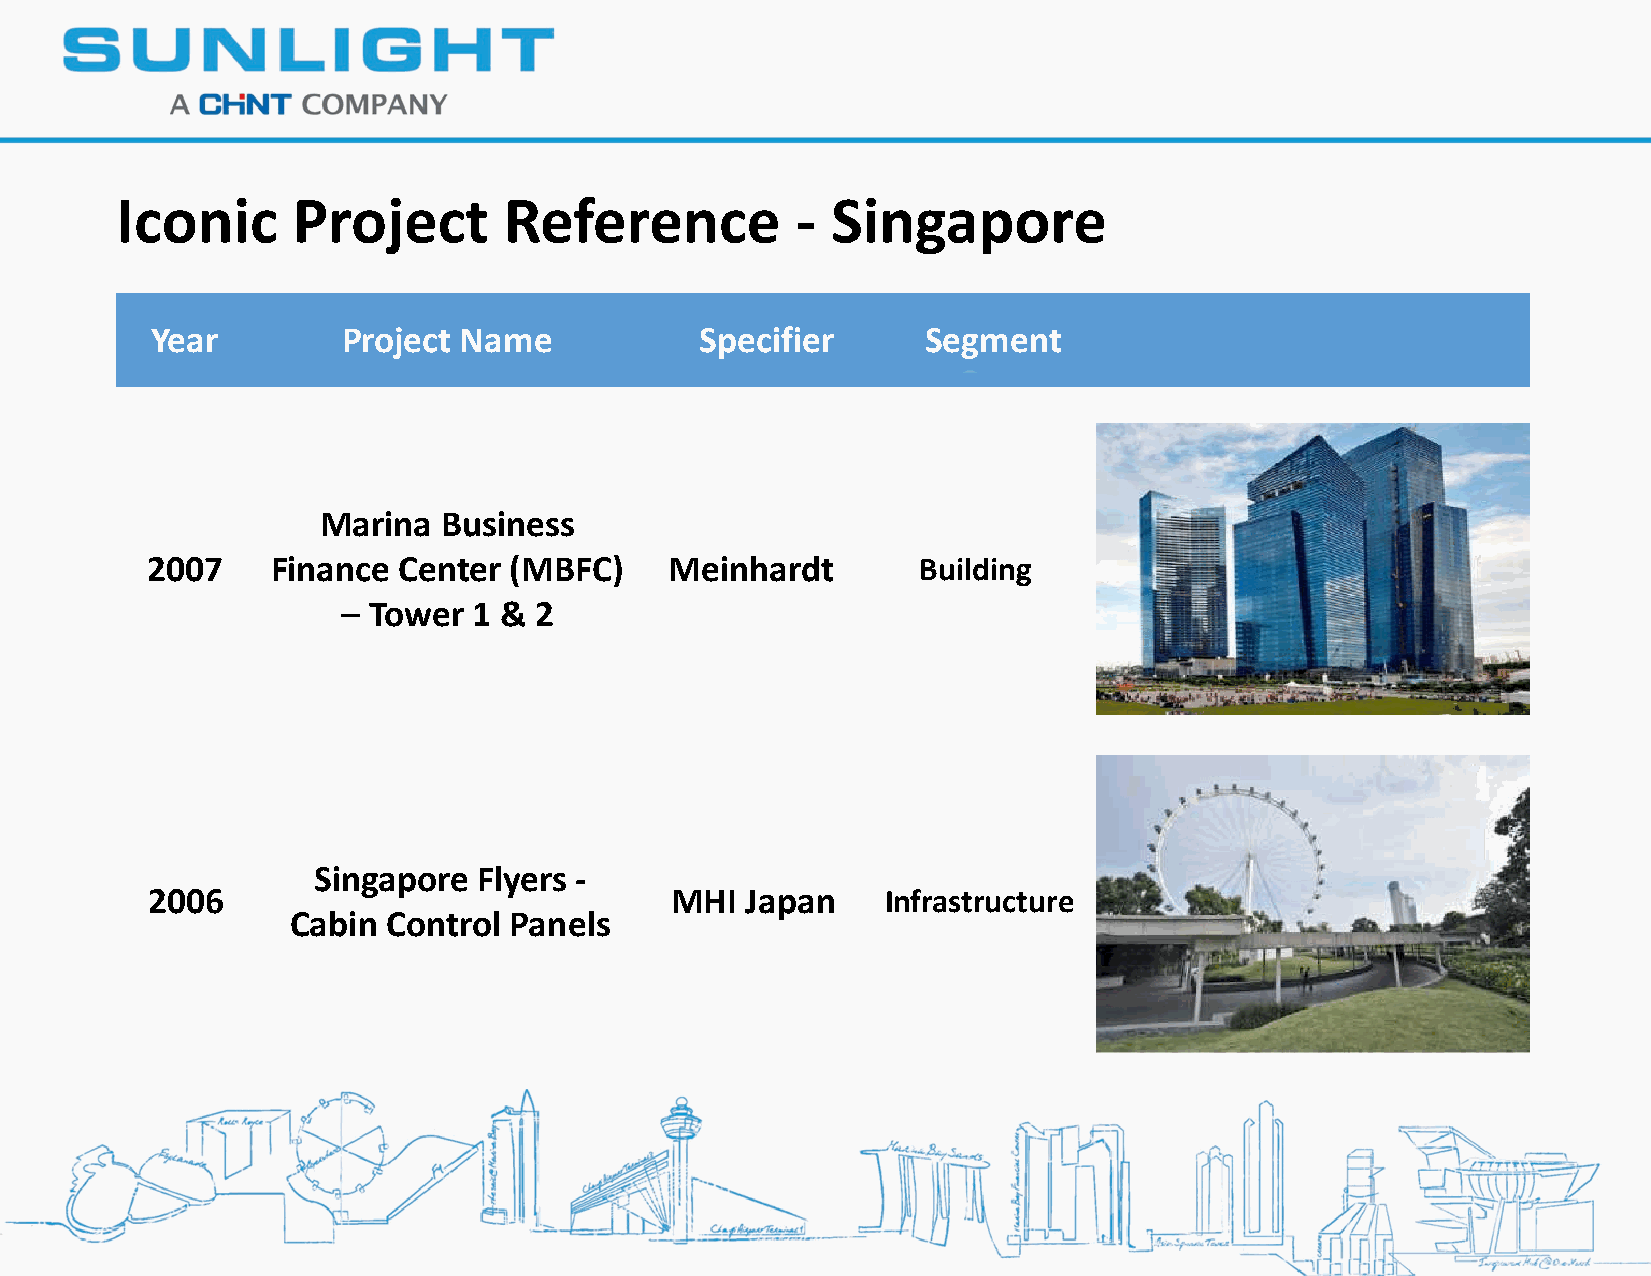
Iconic     Project       Reference           - Singapore
 Year         Project Name           Specifier      Segment
 Marina  Business
 2007    Finance Center  (MBFC)    Meinhardt        Building
 – Tower 1 & 2
 Singapore  Flyers -
 2006                              MHI  Japan     Infrastructure
 Cabin  Control Panels